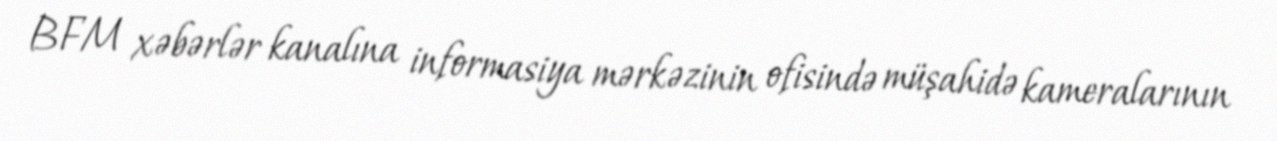
BFM xəbərlər kanalına informasiya mərkəzinin ofisində müşahidə kameralarının